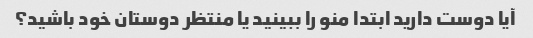
آیا دوست دارید ابتدا منو را ببینید یا منتظر دوستان خود باشید؟